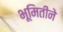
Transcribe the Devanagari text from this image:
भूमितीने